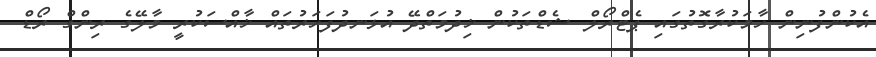
އެކުންފުނިން ހާމަކުރާގޮތުގައި ޕެޓްރޯލް ޝެޑްތަކުން ޚިދުމަތްދޭ އުޅަނދުފަހަރުތައް ޚާއްސަކުރީ މާލޭގެ ރިންގް ރޯޑް